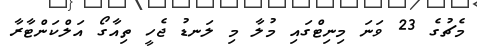
މެޗުގެ 23 ވަަނަ މިނިޓްގައި މުލާ މި ލަނޑު ޖެހީ ތިއާގޯ އަލްކަންޓާރާ